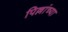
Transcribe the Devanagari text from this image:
पिल्लांच्या